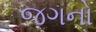
જગનો